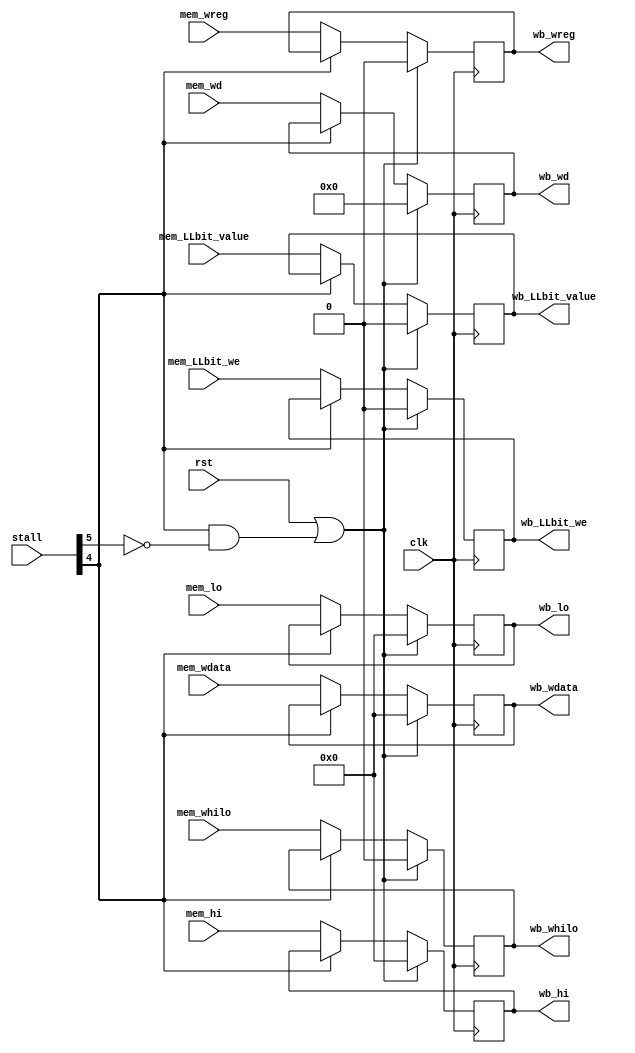
module mem_wb(clk, rst, stall, mem_wd, mem_wreg, mem_wdata, mem_hi, mem_lo, mem_whilo, mem_LLbit_we, mem_LLbit_value, wb_wd, wb_wreg, wb_wdata, wb_hi, wb_lo, wb_whilo, wb_LLbit_we, wb_LLbit_value);

input wire clk, rst, mem_wreg, mem_whilo, mem_LLbit_we, mem_LLbit_value;
input wire[5:0] stall;
input wire[4:0] mem_wd;
input wire[31:0] mem_wdata, mem_hi, mem_lo;
output reg[4:0] wb_wd;
output reg wb_wreg, wb_whilo,  wb_LLbit_we, wb_LLbit_value;
output reg[31:0] wb_wdata, wb_hi, wb_lo;

	always @(posedge clk)
	begin
		if((rst == 1'b1) || (stall[4] == 1'b1 && stall[5] == 1'b0))
		begin
			wb_wd <= 5'b00000; wb_wreg <= 1'b0;
			wb_wdata <= 32'h00000000;
			wb_hi <= 32'h00000000;
			wb_lo <= 32'h00000000;
			wb_whilo <= 1'b0;
			wb_LLbit_we <= 1'b0;
			wb_LLbit_value <= 1'b0;
		end
		else if(stall[4] == 1'b0)
		begin
			wb_wd <= mem_wd;
			wb_wreg <= mem_wreg;
			wb_wdata <= mem_wdata;
			wb_hi <= mem_hi;
			wb_lo <= mem_lo;
			wb_whilo <= mem_whilo;
			wb_LLbit_we <= mem_LLbit_we;
			wb_LLbit_value <= mem_LLbit_value;
		end
	end
	
endmodule